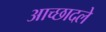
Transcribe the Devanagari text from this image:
आच्छादले